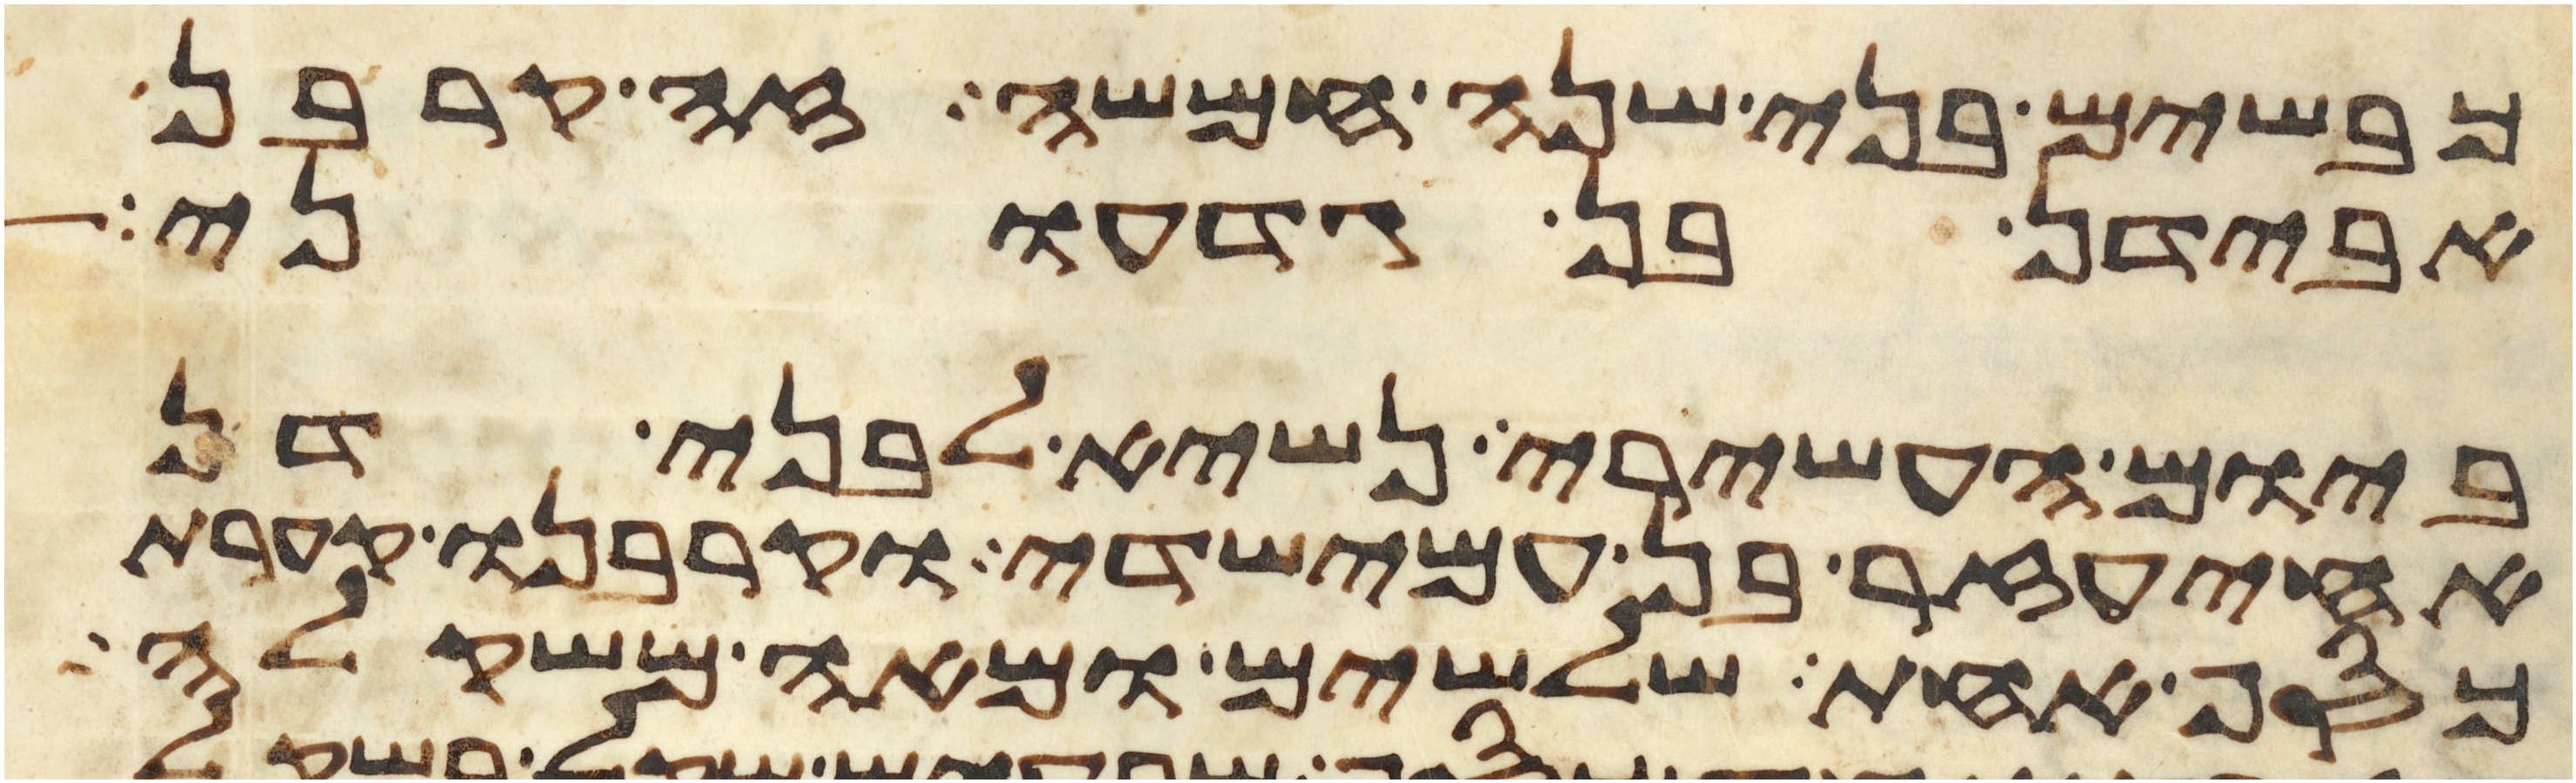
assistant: כבשים בני שנה חמשה זה קרבן
אבידן בן גדעוני
ביום העשירי נשיא לבני דן
אחיעזר בן עמישדי וקרבנו קערת
כסף אחת שלשים ומאה משקלה